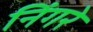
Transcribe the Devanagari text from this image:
निंगरे